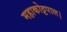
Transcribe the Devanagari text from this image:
महाकोट्टपाल।